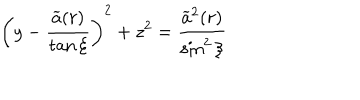
LaTeX: \left( y - \frac { \widetilde { a } ( r ) } { \tan \xi } \right) ^ { 2 } + z ^ { 2 } = \frac { \widetilde { a } ^ { 2 } ( r ) } { \sin ^ { 2 } \xi }